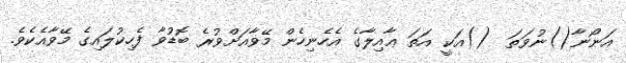
އަނޯނާ()ނުވަތަ  ()އަކީ އަތަ ޢާއިލާގެ އެހެނިހެން މޭވާއަށްވުރެ ބޮޑުވާ ފެހިކުލައިގެ މޭވާއެކެވެ.